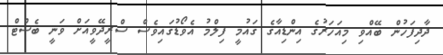
ދާދިފަހުން ބޭއްވި މިއަހަރުގެ އިންޑިއާގެ ގައުމީ ފިލްމު އެވޯޑުގައިވެސް ސްރީދޭވީއަށް ވަނީ ބެސްޓް